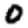
Digit: 0